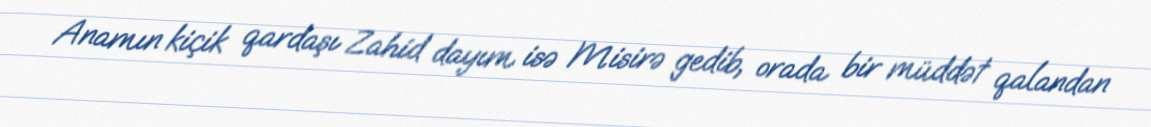
Anamın kiçik qardaşı Zahid dayım isə Misirə gedib, orada bir müddət qalandan